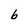
Character: b